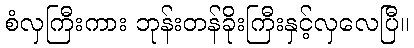
စံလှကြီးကား ဘုန်းတန်ခိုးကြီးနှင့်လှလေပြီ။